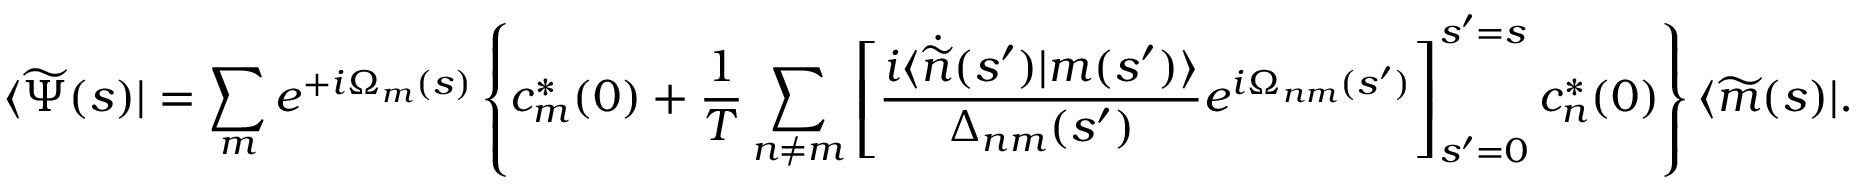
\langle \widetilde { \Psi } ( s ) | = \sum _ { m } e ^ { + i \Omega _ { m } ( s ) } \left\{ c _ { m } ^ { * } ( 0 ) + \frac { 1 } { T } \sum _ { n \neq m } \left[ \frac { i \langle \dot { \widetilde { n } } ( s ^ { \prime } ) | m ( s ^ { \prime } ) \rangle } { \Delta _ { n m } ( s ^ { \prime } ) } e ^ { i \Omega _ { n m } ( s ^ { \prime } ) } \right] _ { s ^ { \prime } = 0 } ^ { s ^ { \prime } = s } c _ { n } ^ { * } ( 0 ) \right\} \langle \widetilde { m } ( s ) | .